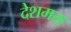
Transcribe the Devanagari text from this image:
देशमय